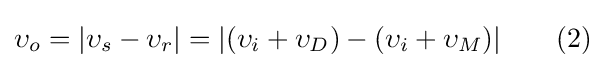
\upsilon _{o}=|\upsilon _{s}-\upsilon _{r}|=|(\upsilon _{i}+\upsilon _{D})-(\upsilon _{i}+\upsilon _{M})|\qquad (2)